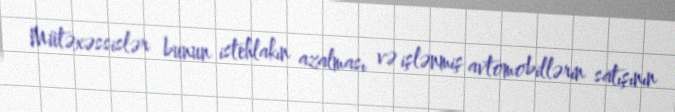
Mütəxəssislər bunun istehlakın azalması və işlənmiş avtomobillərin satışının